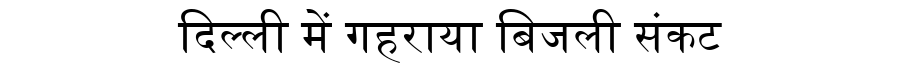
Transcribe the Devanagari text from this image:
दिल्ली में गहराया बिजली संकट